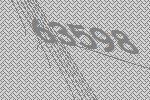
63598